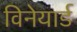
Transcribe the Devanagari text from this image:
विनेयार्ड